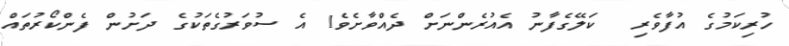
ހުރިކަމުގެ އުފާވެރި  ކަލޭގެފާނު އެއުރެންނަށް ދެއްވާށެވެ! އެ ސުވަރުގެތަކުގެ ދަށުން ފެންކޯރުތައް